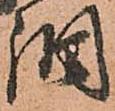
調